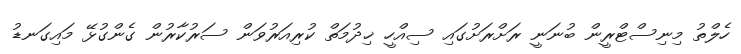
ހެލްތު މިނިސްޓްރީން ބުނަނީ ރަށްރަށުގައި ސިއްހީ ޚިދުމަތް ކުރިއަރުވަން ސަރުކާރުން ގެންގުޅޭ މައިގަނޑު